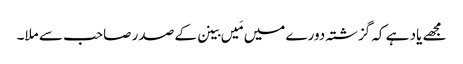
مجھے یاد ہے کہ گزشتہ دورے میں مَیں بینن کے صدر صاحب سے ملا۔